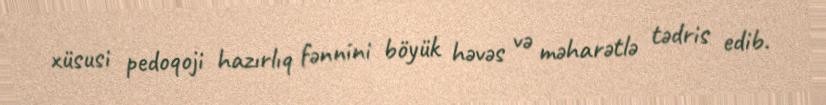
xüsusi pedoqoji hazırlıq fənnini böyük həvəs və məharətlə tədris edib.